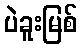
ပဲခူးမြစ်